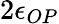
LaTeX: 2\epsilon_{OP}